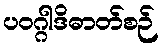
ပဝဂ္ဂါဒိဓာတ်စဉ်